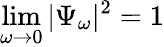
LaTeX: \operatorname*{lim}_{\omega\to 0}|\Psi_{\omega}|^{2}=1